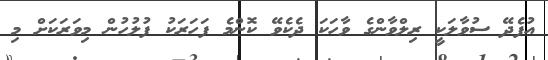
އުފެދޭ ސުވާލަކީ ރިލްވާންގެ ވާހަކަ ދެކެވޭ ކޮންމެ ފަހަރަކު ފުލުހުން މިވަރަކަށް މި